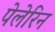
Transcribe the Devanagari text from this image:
पेलेरिन